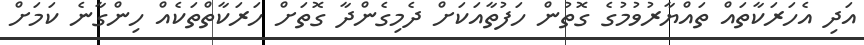
އަދި އެހަރަކާތައް ތައްޔާރުވުމުގެ ގޮތުން ހަފުތާއަކަށް ދެމިގެންދާ ގޮތަށް ހަރަކާތްތަކެއް ހިންގާނެ ކަމަށް